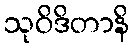
သုဝိဒိတာနိ